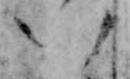
八